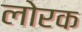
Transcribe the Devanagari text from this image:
लोरक